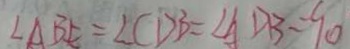
\angle A B E = \angle C D B = \angle A D B = 9 0